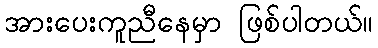
အားပေးကူညီနေမှာ ဖြစ်ပါတယ်။